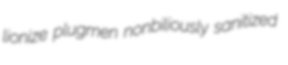
lionize plugmen nonbiliously sanitized